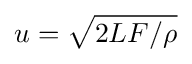
u = \sqrt { 2 L F / \rho }